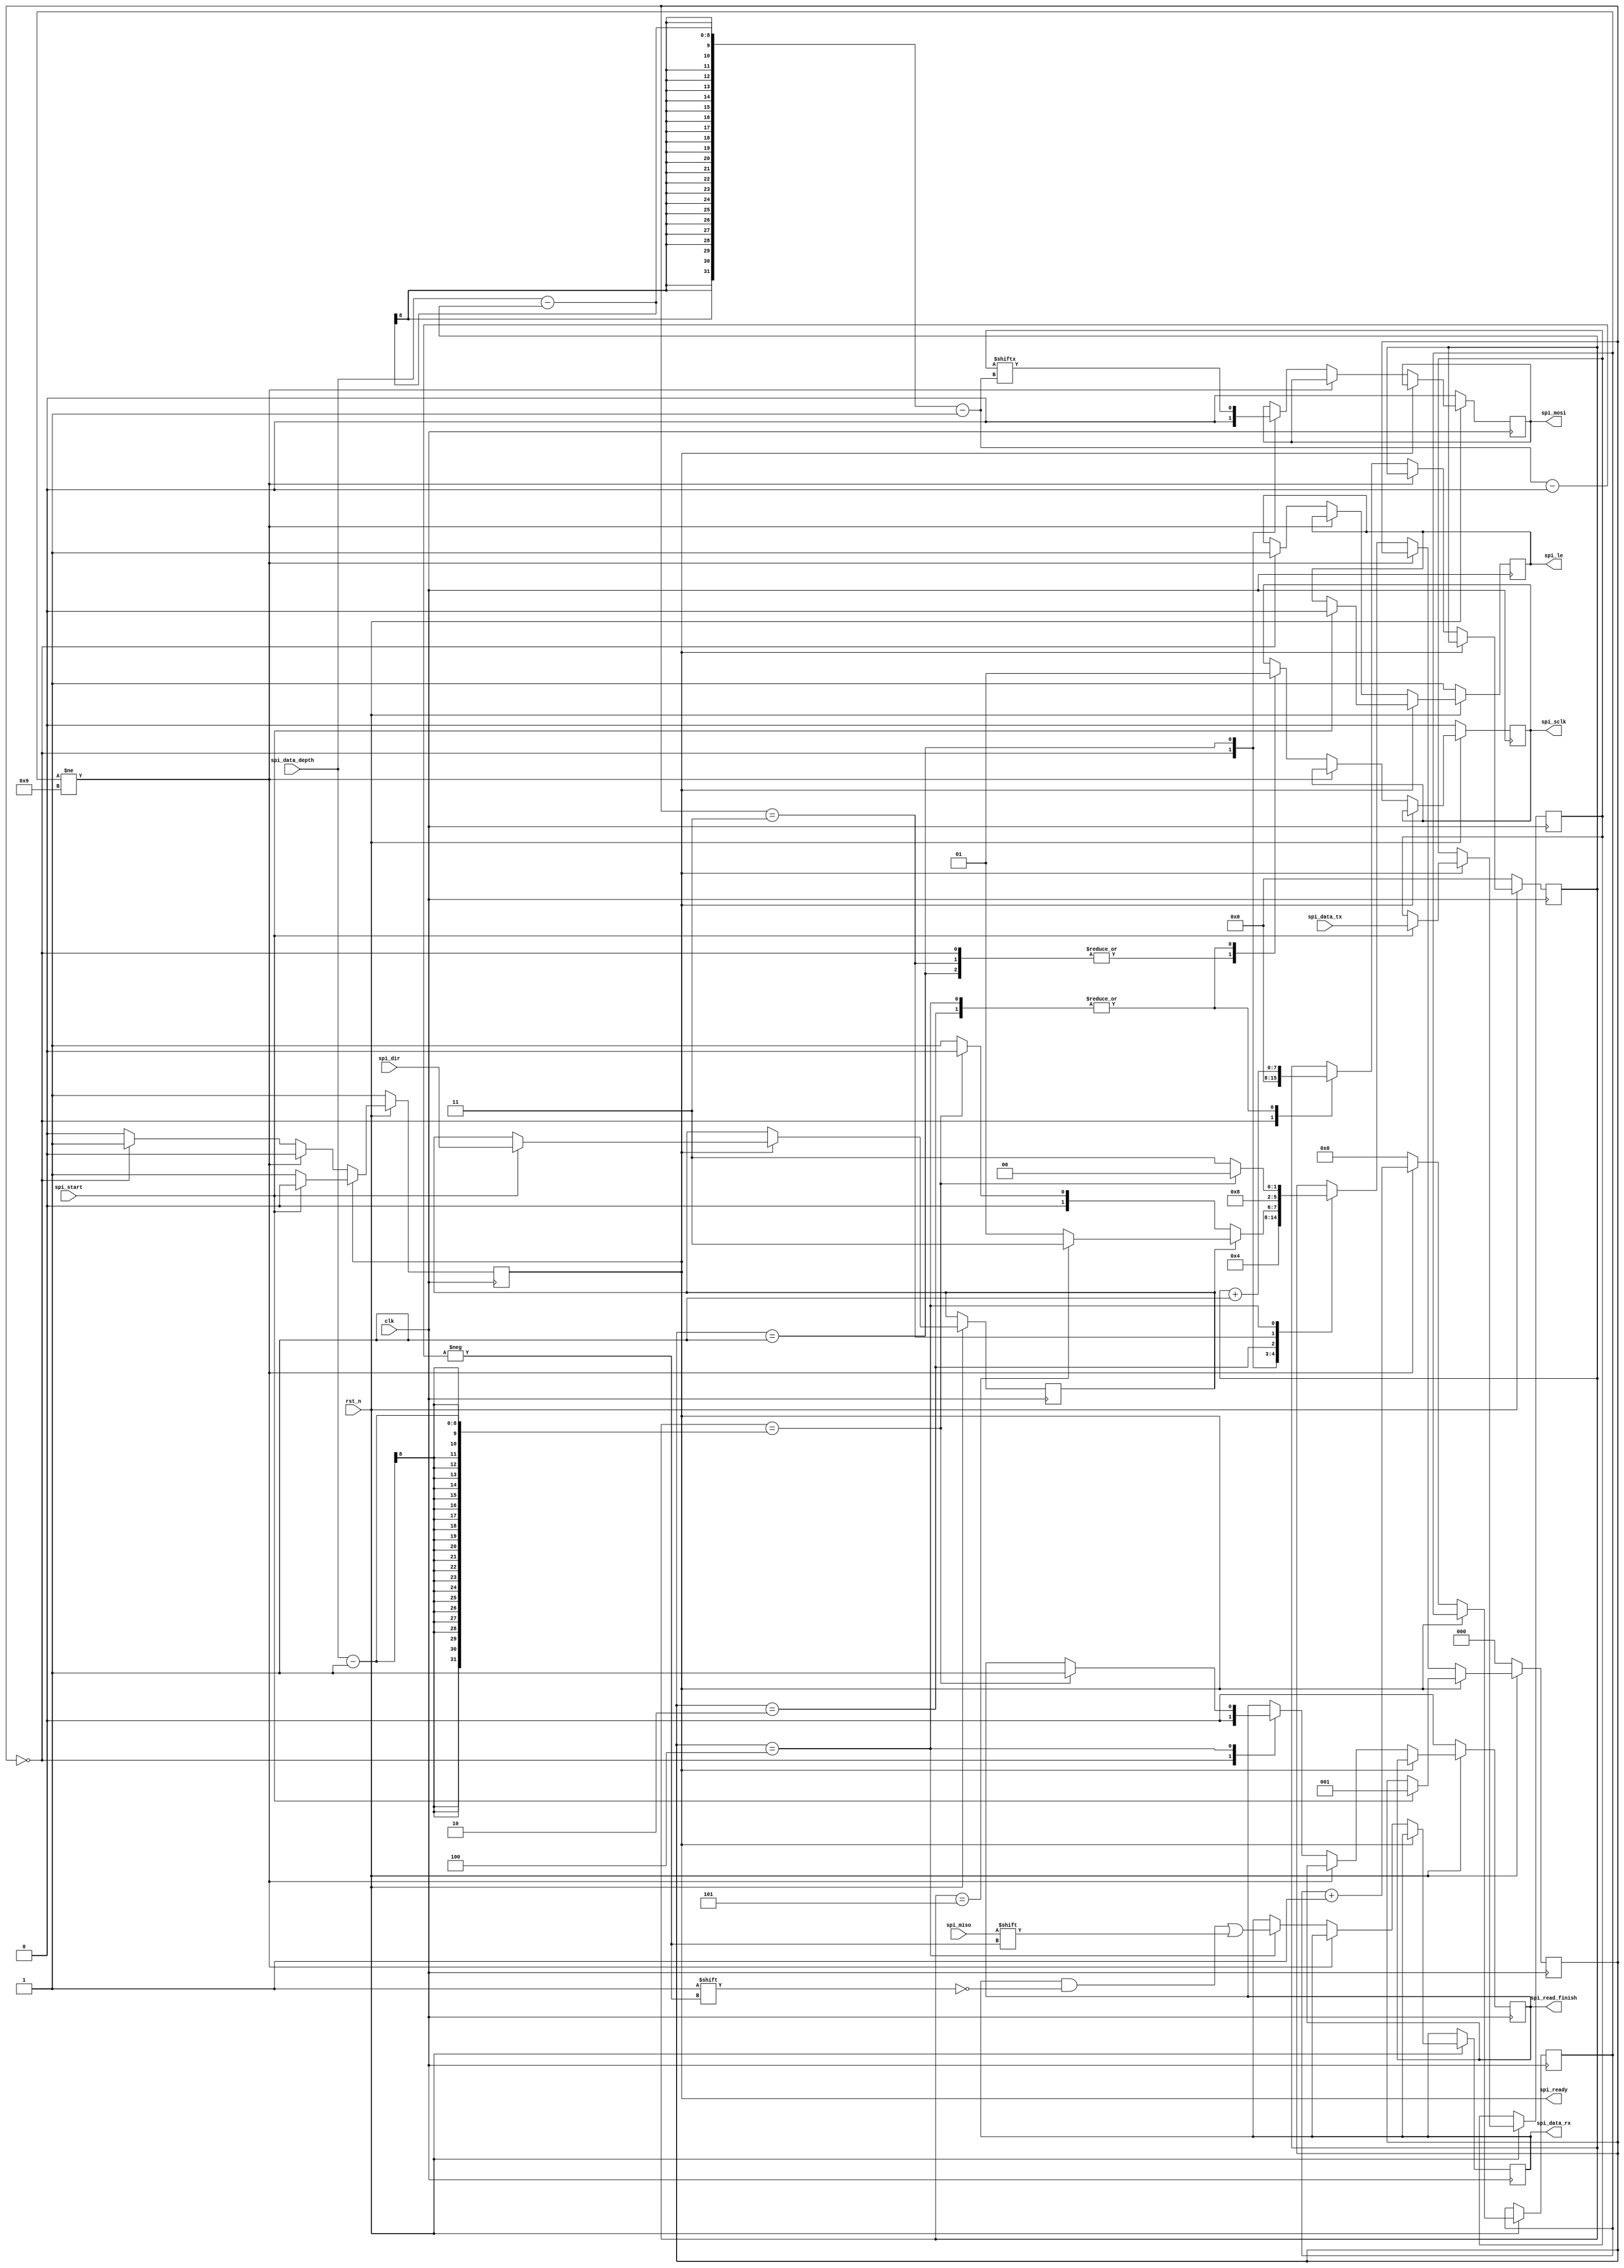
`timescale 1ns / 1ps

module spi_master #(
    parameter clk_div=10,
    parameter data_depth=6,
    parameter rx_head_depth=6
)
(
    input clk,
    input rst_n,
    input spi_start,
    input spi_dir, //write(0)|read(1)
    input [7:0] spi_data_depth,
    input spi_miso,
    input [data_depth-1:0] spi_data_tx,
    output reg [data_depth-1:0] spi_data_rx,
    output reg spi_ready,
    output reg spi_sclk,
    output reg spi_read_finish,//one spi-clock cirle pulse
    output reg spi_mosi,
    output reg spi_le
);

reg spi_dir_reg;
reg [data_depth-1:0] spi_data_tx_reg;
reg [2:0] spi_state;
reg [7:0] spi_bit_cnt;
reg [15:0] clk_div_cnt;

localparam                  SPI_IDLE       = 0, 
                            SPI_WRITE_CLOCK_LOW  = 1, 
                            SPI_WRITE_CLOCK_HIGH  = 2, 
                            SPI_READ_CLOCK_LOW  = 3, 
                            SPI_READ_CLOCK_HIGH  = 4;
always @(posedge clk)
begin
    if(!rst_n)
    begin
        spi_le<=1;
        spi_sclk<=0;
        spi_mosi<=0;
        spi_state<=SPI_IDLE;
        spi_ready<=1;
        spi_read_finish<=0;
        spi_bit_cnt<=0;
    end
    else if(spi_ready)//idle
    begin
        if(spi_start)
        begin
            spi_ready<=0;
            spi_le<=0;
            spi_dir_reg<=spi_dir;
            spi_data_tx_reg<=spi_data_tx;
            spi_state<=SPI_WRITE_CLOCK_LOW;
        end
    end
    else//busy
    begin
        if(clk_div_cnt!=clk_div-1)
            clk_div_cnt<=clk_div_cnt+1'b1;
        else
        begin
            clk_div_cnt<=0;
            case(spi_state)
            SPI_IDLE:
            begin
                spi_ready<=1;
                spi_le<=1;
                spi_read_finish<=0;
                spi_bit_cnt<=0;
                spi_sclk<=0;
                spi_mosi<=0;
                spi_state<=SPI_IDLE;
            end
            SPI_WRITE_CLOCK_LOW:
            begin
                spi_sclk<=0;
                spi_mosi<=spi_data_tx_reg[spi_data_depth-spi_bit_cnt-1];
                spi_state<=SPI_WRITE_CLOCK_HIGH;
            end
            SPI_WRITE_CLOCK_HIGH:
            begin
                spi_bit_cnt<=spi_bit_cnt+1'b1;

                spi_sclk<=1'b1;

                if(spi_dir_reg)//rx
                    if(spi_bit_cnt==rx_head_depth-1)
                        spi_state<=SPI_READ_CLOCK_LOW;
                    else
                        spi_state<=SPI_WRITE_CLOCK_LOW;
                else//tx
                    if(spi_bit_cnt==spi_data_depth-1)//tx finish
                    begin
                        spi_state<=SPI_IDLE;
                    end
                    else
                        spi_state<=SPI_WRITE_CLOCK_LOW;
            end
            SPI_READ_CLOCK_LOW:
            begin
                spi_sclk<=0;
                spi_state<=SPI_READ_CLOCK_HIGH;
            end
            SPI_READ_CLOCK_HIGH:
            begin
                spi_bit_cnt<=spi_bit_cnt+1'b1;

                spi_sclk<=1'b1;
					
                spi_data_rx[spi_data_depth-spi_bit_cnt-1]<=spi_miso;

                if(spi_bit_cnt==spi_data_depth-1)//rx finish
                begin
                    spi_state<=SPI_IDLE;
                    spi_read_finish<=1;
                end
                else
                    spi_state<=SPI_READ_CLOCK_LOW;
            end
            endcase
        end
    end
end

endmodule